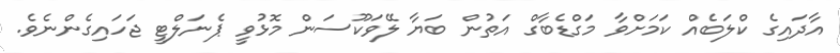
އާދައިގެ ކްލަބެއް ކަމަށްވާ މަގްޑެބާގް އަތުން ބަޔާ ލޭވަކޫސަން މޮޅުވީ ޕެނަލްޓީ ޖަހައިގެންނެވެ.